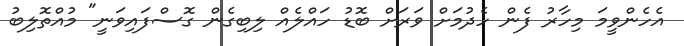
އެހެންވީމަ މިހާރު ފެން ހެދުމަށް ވަރަށް ބޮޑު ހައްލެއް ލިބިގެން ގޮސްފައިވަނީ" މުއްތޮލިބު